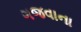
ગજવાના